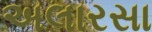
અલારસા